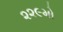
૨૨૯મો